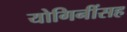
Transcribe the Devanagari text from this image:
योगिनींसह